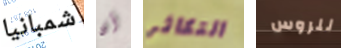
شمبانيا أن التكاثر للروس